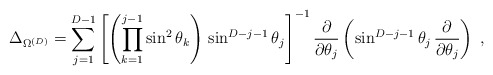
\begin{align*}\Delta_{\Omega^{({D})}}=\sum^{{D}-1}_{j=1}\left[\left( \prod_{k=1}^{j-1} \sin^{2} \theta_{k} \right)\, \sin^{{D}-j-1} \theta_{j}\right]^{-1}\frac{\partial}{\partial\theta_{j}}\left(\sin^{{D}-j-1} \theta_{j} \,\frac{\partial}{\partial\theta_{j}}\right)\; ,\end{align*}